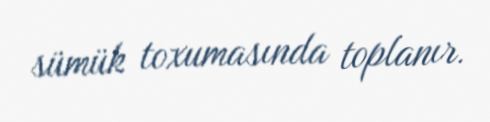
sümük toxumasında toplanır.